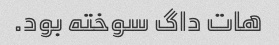
هات داگ سوخته بود.